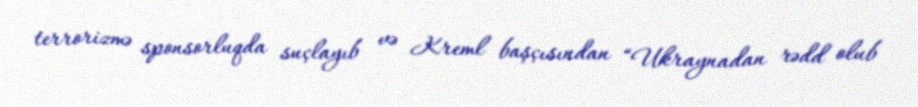
terrorizmə sponsorluqda suçlayıb və Kreml başçısından “Ukraynadan rədd olub